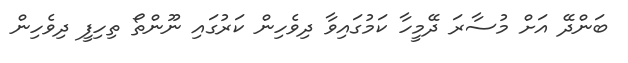
ބަންދޭ އަށް މުސާރަ ދޭމީހާ ކަމުގައިވާ ދިވެހިން ކަރުގައި ނޫންތޯ ތިހިފީ ދިވެހިން